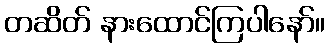
တဆိတ် နားထောင်ကြပါနော်။